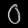
Digit: ၀